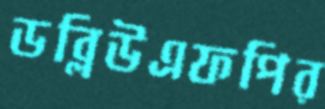
ডব্লিউএফপির